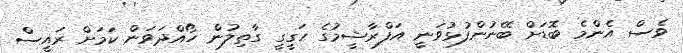
ވެސް އެންމެ ބޮޑަށް ބޭނުންފުޅުވަނީ އަފްރާޝީމުގެ ހަގީގީ ގާތިލުން ހޯއްދަވަން ކަމަށް ރައީސް